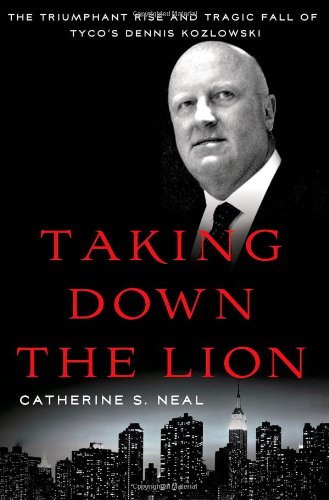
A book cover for Taking Down the Lion: The Triumphant Rise and Tragic Fall of Tyco's Dennis Kozlowski; Catherine S. Neal; Biographies & Memoirs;